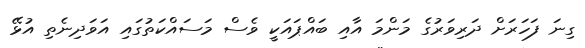
ގިނަ ފަހަރަށް ދަރިވަރުގެ މަންމަ އާއި ބައްޕައަކީ ވެސް މަސައްކަތުގައި އަވަދިނެތި އުޅޭ